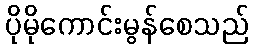
ပိုမိုကောင်းမွန်စေသည်